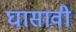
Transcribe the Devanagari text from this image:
घासावी